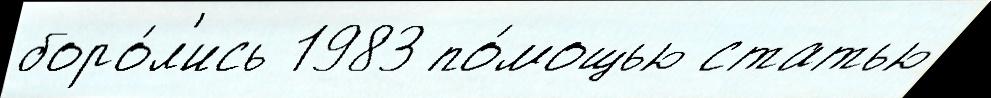
боро́л'ись 1983 по́мощью статью